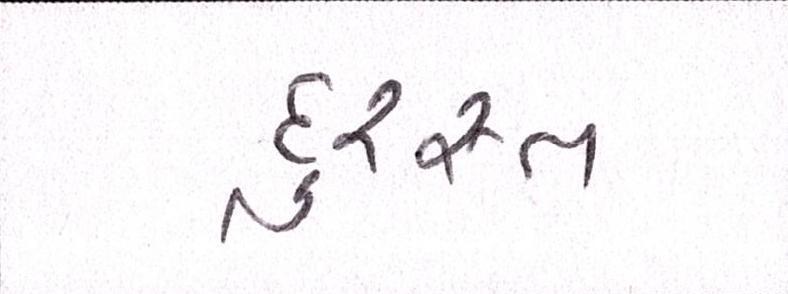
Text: દુરસ્ત